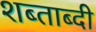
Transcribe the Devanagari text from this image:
शब्ताब्दी